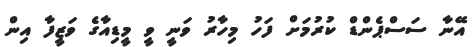
އޭނާ ސަސްޕެންޑް ކުރުމަށް ފަހު މިހާރު ވަނީ ވީ މީޑިއާގެ ވަޒީފާ އިން